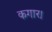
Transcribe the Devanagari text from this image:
कगार।